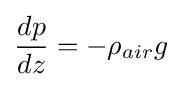
{\frac {dp}{dz}}=-\rho _{air}g